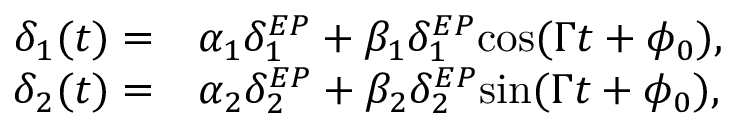
\begin{array} { r l } { \delta _ { 1 } ( t ) = } & { \alpha _ { 1 } \delta _ { 1 } ^ { E P } + \beta _ { 1 } \delta _ { 1 } ^ { E P } \mathrm { c o s } ( \Gamma t + \phi _ { 0 } ) , } \\ { \delta _ { 2 } ( t ) = } & { \alpha _ { 2 } \delta _ { 2 } ^ { E P } + \beta _ { 2 } \delta _ { 2 } ^ { E P } \mathrm { s i n } ( \Gamma t + \phi _ { 0 } ) , } \end{array}